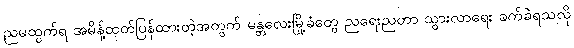
ညမထွက်ရ အမိန့်ထုတ်ပြန်ထားတဲ့အတွက် မန္တလေးမြို့ခံတွေ ညရေးညတာ သွားလာရေး ခက်ခဲရသလို